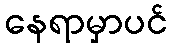
နေရာမှာပင်